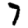
Digit: 7